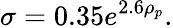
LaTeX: \sigma=0.35e^{2.6\rho_{p}}.